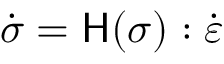
\, \, { \dot { \boldsymbol { \sigma } } } = { \mathsf { H } } ( { \boldsymbol { \sigma } } ) : { \dot { \boldsymbol { \varepsilon } } } \,